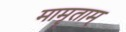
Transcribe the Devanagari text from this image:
मामृताम्‌